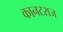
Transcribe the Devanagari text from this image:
कानटराज